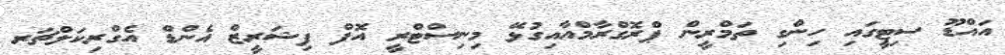
އައްޑޫ ސިޓީގައި ހިންގި ތަމްރީން ޕްރޮގްރާމްއާއިގުޅޭ މިނިސްޓްރީ އޮފް ފިޝަރީޒް އެންޑް އެގްރިކަލްޗަރ